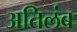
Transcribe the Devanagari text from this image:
अतिलंब